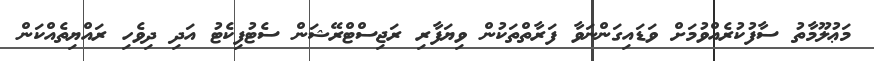
މަޢުލޫމާތު ސާފުކުރެއްވުމަށް ވަޑައިގަންނަވާ ފަރާތްތަކުން ވިޔަފާރި ރަޖިސްޓްރޭޝަން ސެޓުފިކެޓު އަދި ދިވެހި ރައްޔިތެއްކަން